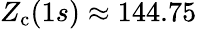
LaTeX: Z_{\mathrm{c}}(1s)\approx 144.75